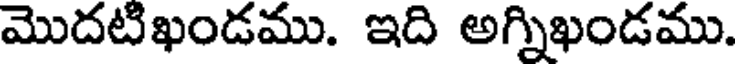
మొదటిఖండము. ఇది అగ్నిఖండము.